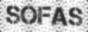
SOFAS